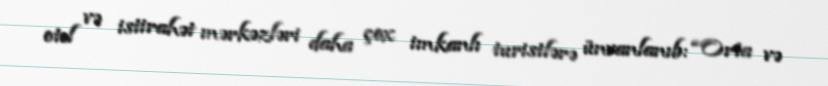
otel və istirahət mərkəzləri daha çox imkanlı turistlərə ünvanlanıb: “Orta və